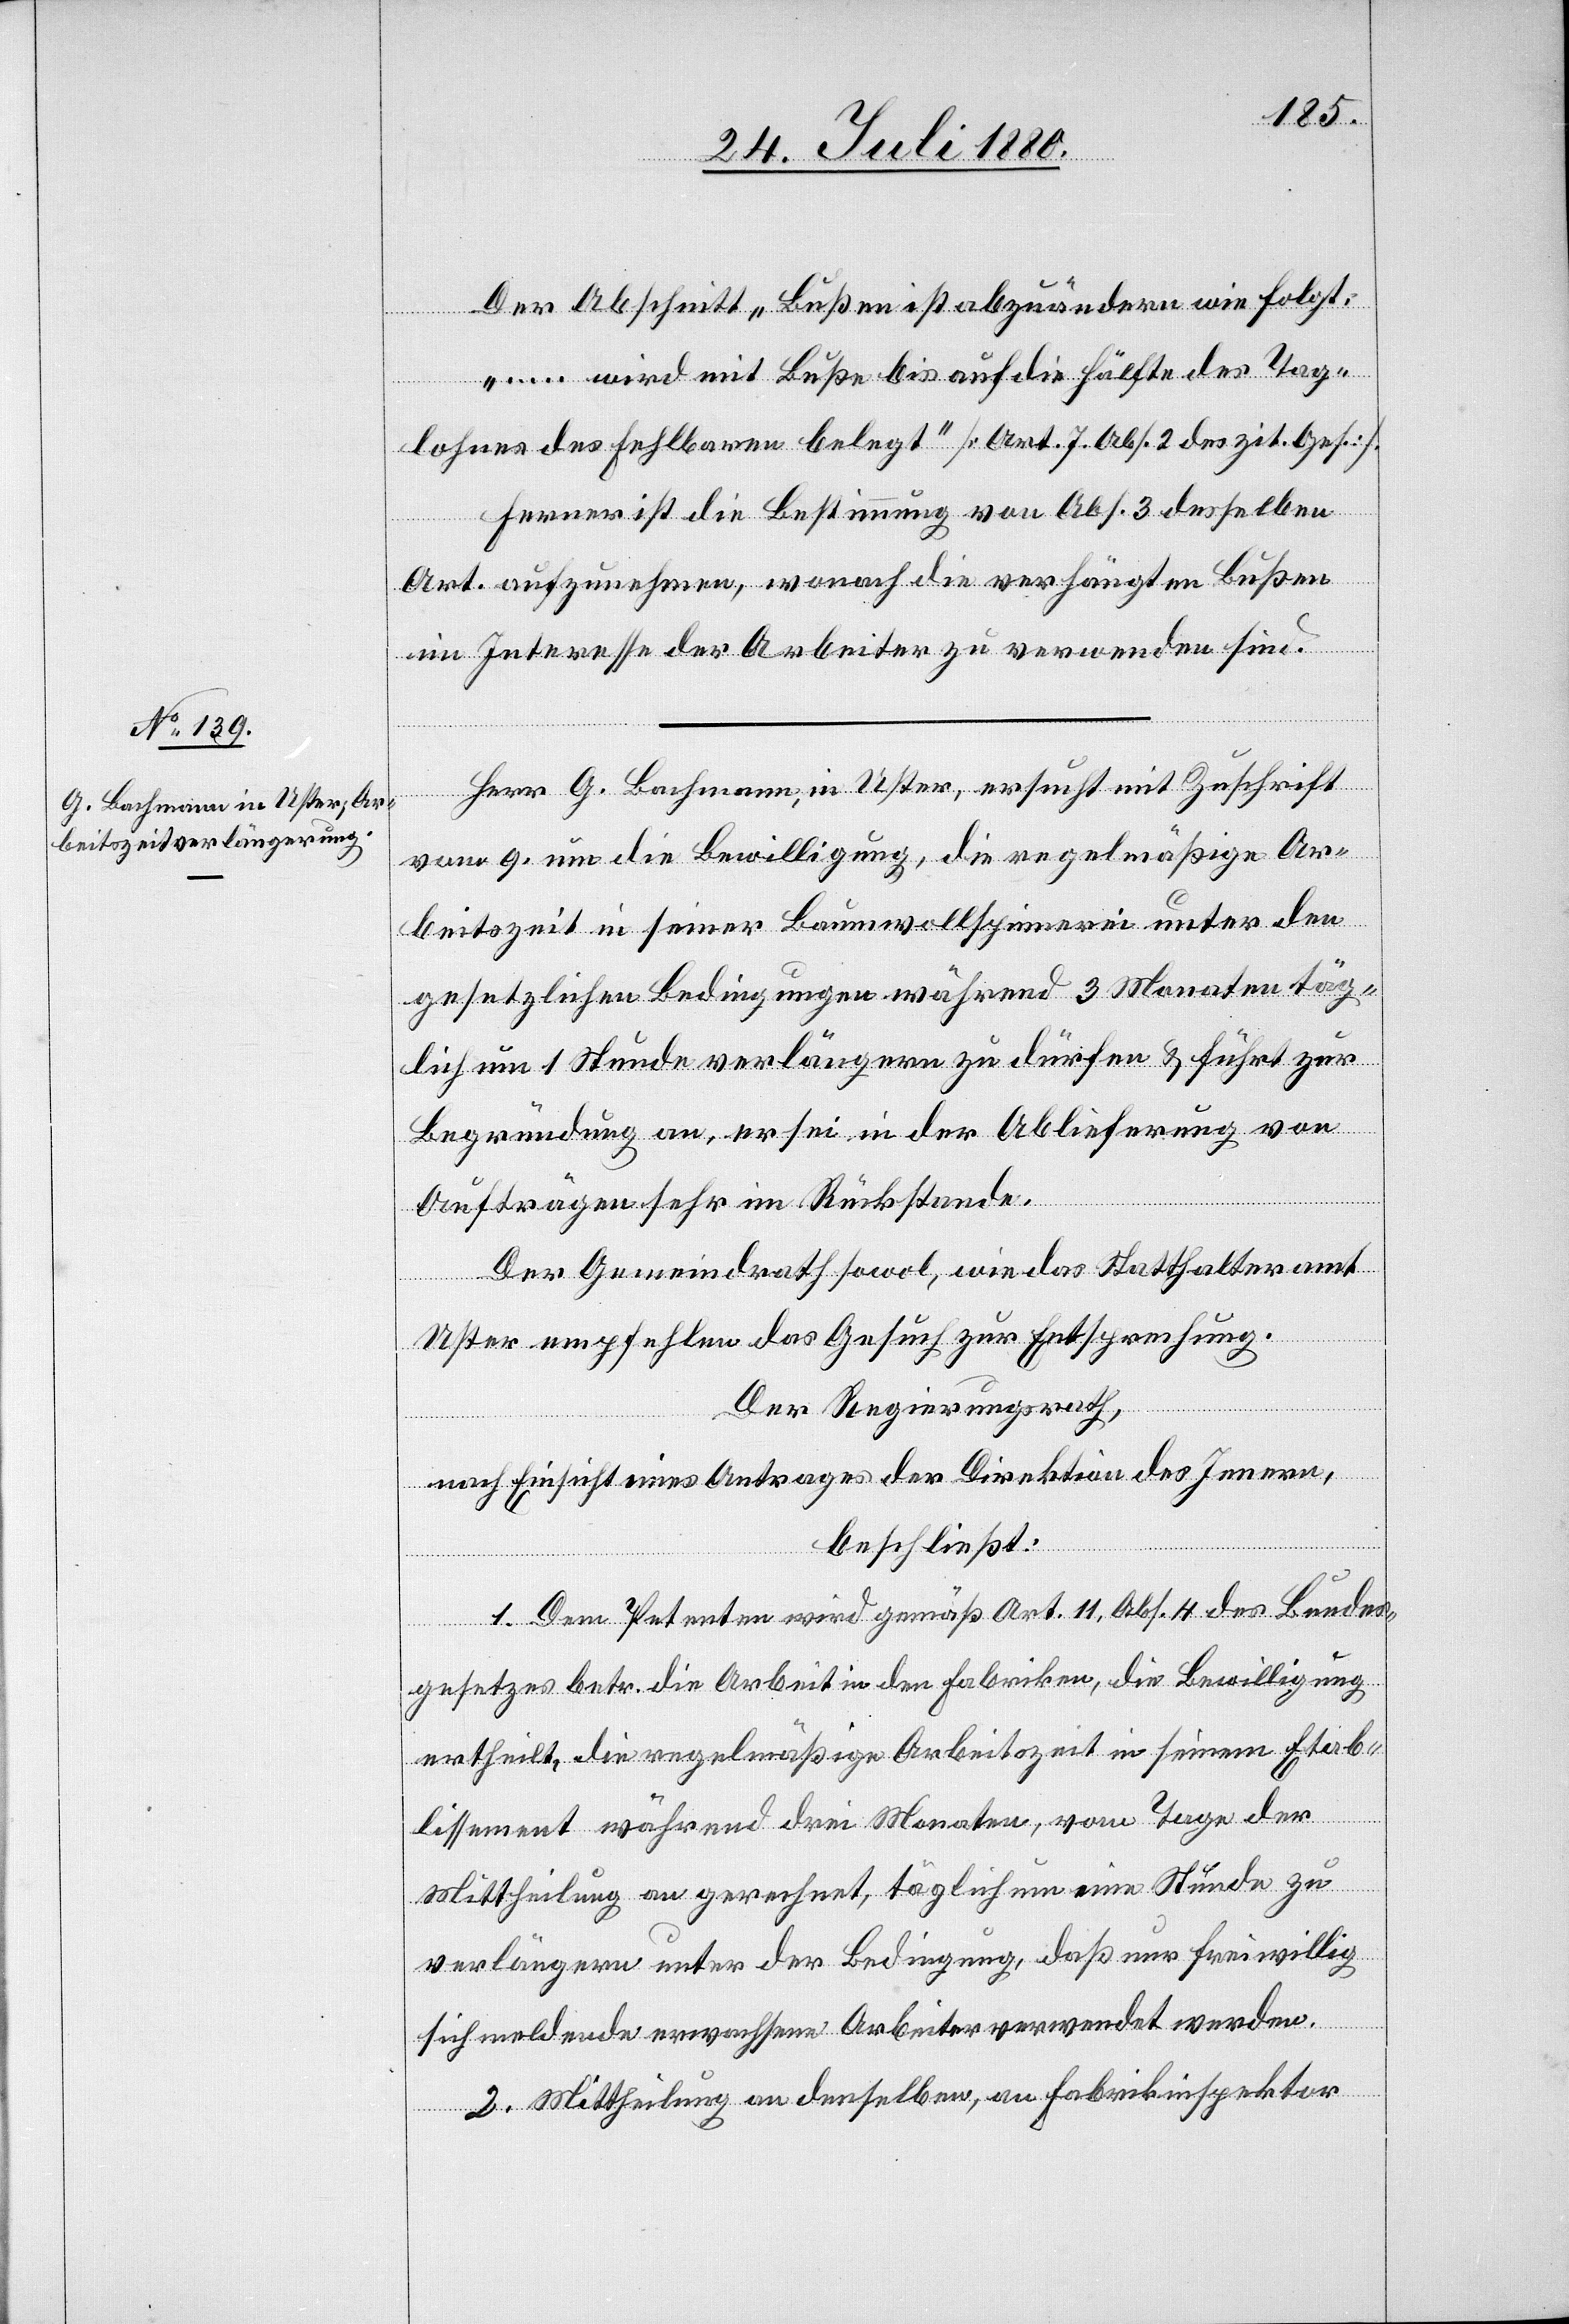
Der Abschnitt „Bußen“ ist abzuändern wie folgt:
„… wird mit Buße bis auf die Hälfte des Tag¬
lohnes des Fehlbaren belegt“ [Art. 7 Abs. 2 des zit Ges.].
Ferner ist die Bestimmung von Abs. 3 desselben
Art. aufzunehmen, wonach die verhängten Bußen
im Interesse der Arbeiter zu verwenden sind.
Herr G. Bachmann, in Uster ersucht mit Zuschrift
vom 9. um die Bewilligung, die regelmäßige Ar¬
beitszeit in seiner Baumwollspinnerei unter den
gesetzlichen Bedingungen während 3 Monaten täg¬
lich um 1 Stunde verlängern zu dürfen & führt zu
Begründung an, er sei in der Ablieferung von
Aufträgen sehr im Rückstande.
Der Gemeindrath sowol, wie das Statthalteramt
Uster empfehlen das Gesuch zur Entsprechung.
Der Regierungsrath,
nach Einsicht eines Antrages der Direktion des Innern,
beschließt:
1. Dem Petenten wird gemäß Art. 11, Abs. 4 des Bundes¬
gesetzes betr. die Arbeit in den Fabriken, die Bewilligung
ertheilt, die regelmäßige Arbeitszeit in seinem Etab¬
{
lissement während drei Monaten, vom Tage der
Mittheilung an gerechnet, täglich um eine Stunde zu
verlängern unter der Bedingung, daß nur freiwillig
sich meldende erwachsene Arbeiter verwendet werden.
2. Mittheilung an denselben, an Fabrikinspektor